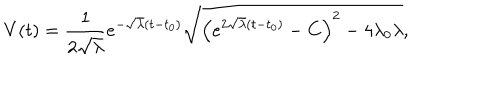
LaTeX: V ( t ) = \frac 1 { 2 \sqrt { \lambda } } e ^ { - \sqrt { \lambda } ( t - t _ { 0 } ) } \sqrt { \left( e ^ { 2 \sqrt { \lambda } ( t - t _ { 0 } ) } - C \right) ^ { 2 } - 4 \lambda _ { 0 } \lambda } ,